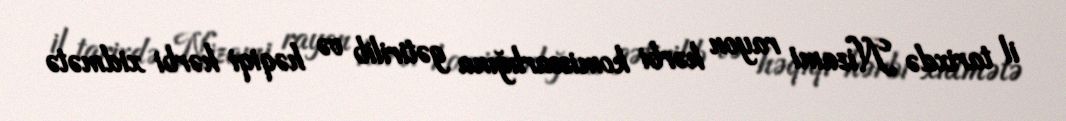
il tarixdə Nizami rayon hərbi komissarlığına gətirilib və həqiqi hərbi xidmətə